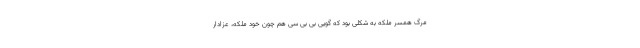
مرگ همسر ملکه به شکلی بود که گویی بی بی سی هم چون خود ملکه، عزادار